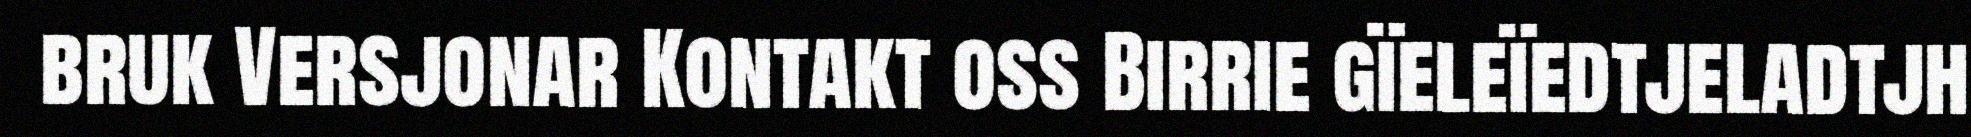
bruk Versjonar Kontakt oss Birrie gïeleïedtjeladtjh